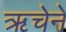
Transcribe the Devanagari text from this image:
ऋचेने